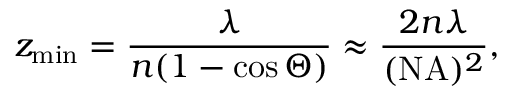
z _ { \mathrm { m i n } } = \frac { \lambda } { n ( 1 - \cos \Theta ) } \approx \frac { 2 n \lambda } { ( \mathrm { N A } ) ^ { 2 } } ,